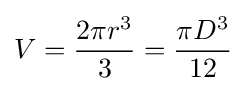
V={\frac {2\pi r^{3}}{3}}={\frac {\pi D^{3}}{12}}